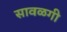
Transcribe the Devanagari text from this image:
सावळगी